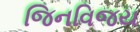
જિનવિજય